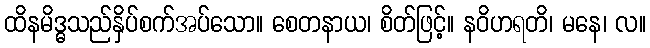
ထိနမိဒ္ဓသည်နှိပ်စက်အပ်သော။ စေတနာယ၊ စိတ်ဖြင့်။ နဝိဟရတိ၊ မနေ၊ လ။